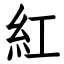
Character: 紅